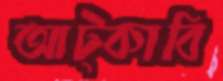
আট্‌কাবি